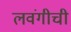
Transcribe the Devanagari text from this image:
लवंगीची